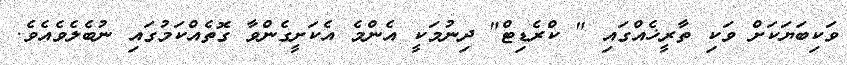
ވަކިބަޔަކަށް ވަކި ތާރީޚެއްގައި " ކްރެޑިޓް" ދިނުމަކީ އެންމެ އެކަށީގެންވާ ގޮތެއްކަމުގައި ނުބެލެވެއެވެ.